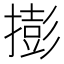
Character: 𢵓